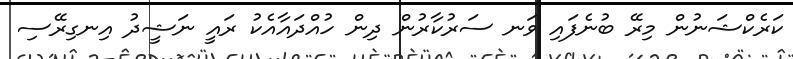
ކަރެކްޝަނުން މިރޭ ބުނެފައި ވަނ ސަރުކާރުން ދިން ހުއްދައާއެކު ރައީ ނަޝީދު އިނގިރޭސި